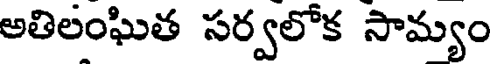
అతిలంఘిత సర్వలోక సామ్యం